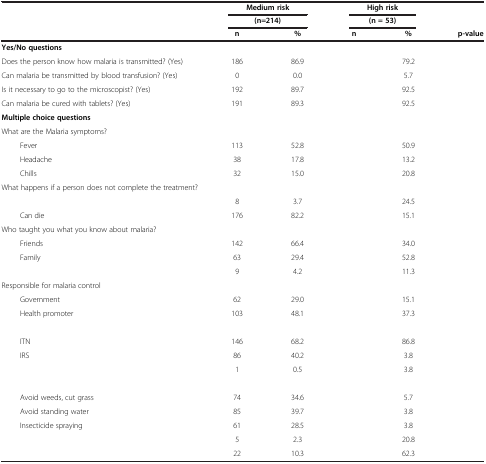
<table><thead><tr><td>[EMPTY_CELL]</td><td colspan="2"><b>Medium risk</b></td><td colspan="2"><b>High risk</b></td><td>[EMPTY_CELL]</td></tr><tr><td>[EMPTY_CELL]</td><td colspan="2"><b>(n=214)</b></td><td colspan="2"><b>(n = 53)</b></td><td>[EMPTY_CELL]</td></tr><tr><td>[EMPTY_CELL]</td><td><b>n</b></td><td><b>%</b></td><td><b>n</b></td><td><b>%</b></td><td><b>p-value</b></td></tr></thead><tbody><tr><td><b>Yes/No questions</b></td><td>[EMPTY_CELL]</td><td>[EMPTY_CELL]</td><td>[EMPTY_CELL]</td><td>[EMPTY_CELL]</td><td>[EMPTY_CELL]</td></tr><tr><td>Does the person know how malaria is transmitted? (Yes)</td><td>186</td><td>86.9</td><td>[EMPTY_CELL]</td><td>79.2</td><td>[EMPTY_CELL]</td></tr><tr><td>Can malaria be transmitted by blood transfusion? (Yes)</td><td>0</td><td>0.0</td><td>[EMPTY_CELL]</td><td>5.7</td><td>[EMPTY_CELL]</td></tr><tr><td>Is it necessary to go to the microscopist? (Yes)</td><td>192</td><td>89.7</td><td>[EMPTY_CELL]</td><td>92.5</td><td>[EMPTY_CELL]</td></tr><tr><td>Can malaria be cured with tablets? (Yes)</td><td>191</td><td>89.3</td><td>[EMPTY_CELL]</td><td>92.5</td><td>[EMPTY_CELL]</td></tr><tr><td><b>Multiple choice questions</b></td><td>[EMPTY_CELL]</td><td>[EMPTY_CELL]</td><td>[EMPTY_CELL]</td><td>[EMPTY_CELL]</td><td>[EMPTY_CELL]</td></tr><tr><td>What are the Malaria symptoms?</td><td>[EMPTY_CELL]</td><td>[EMPTY_CELL]</td><td>[EMPTY_CELL]</td><td>[EMPTY_CELL]</td><td>[EMPTY_CELL]</td></tr><tr><td>Fever</td><td>113</td><td>52.8</td><td>[EMPTY_CELL]</td><td>50.9</td><td>[EMPTY_CELL]</td></tr><tr><td>Headache</td><td>38</td><td>17.8</td><td>[EMPTY_CELL]</td><td>13.2</td><td>[EMPTY_CELL]</td></tr><tr><td>Chills</td><td>32</td><td>15.0</td><td>[EMPTY_CELL]</td><td>20.8</td><td>[EMPTY_CELL]</td></tr><tr><td colspan="6">What happens if a person does not complete the treatment?</td></tr><tr><td>[EMPTY_CELL]</td><td>8</td><td>3.7</td><td>[EMPTY_CELL]</td><td>24.5</td><td>[EMPTY_CELL]</td></tr><tr><td>Can die</td><td>176</td><td>82.2</td><td>[EMPTY_CELL]</td><td>15.1</td><td>[EMPTY_CELL]</td></tr><tr><td>Who taught you what you know about malaria?</td><td>[EMPTY_CELL]</td><td>[EMPTY_CELL]</td><td>[EMPTY_CELL]</td><td>[EMPTY_CELL]</td><td>[EMPTY_CELL]</td></tr><tr><td>Friends</td><td>142</td><td>66.4</td><td>[EMPTY_CELL]</td><td>34.0</td><td>[EMPTY_CELL]</td></tr><tr><td>Family</td><td>63</td><td>29.4</td><td>[EMPTY_CELL]</td><td>52.8</td><td>[EMPTY_CELL]</td></tr><tr><td>[EMPTY_CELL]</td><td>9</td><td>4.2</td><td>[EMPTY_CELL]</td><td>11.3</td><td>[EMPTY_CELL]</td></tr><tr><td>Responsible for malaria control</td><td>[EMPTY_CELL]</td><td>[EMPTY_CELL]</td><td>[EMPTY_CELL]</td><td>[EMPTY_CELL]</td><td>[EMPTY_CELL]</td></tr><tr><td>Government</td><td>62</td><td>29.0</td><td>[EMPTY_CELL]</td><td>15.1</td><td>[EMPTY_CELL]</td></tr><tr><td>Health promoter</td><td>103</td><td>48.1</td><td>[EMPTY_CELL]</td><td>37.3</td><td>[EMPTY_CELL]</td></tr><tr><td>[EMPTY_CELL]</td><td>[EMPTY_CELL]</td><td>[EMPTY_CELL]</td><td>[EMPTY_CELL]</td><td>[EMPTY_CELL]</td><td>[EMPTY_CELL]</td></tr><tr><td>ITN</td><td>146</td><td>68.2</td><td>[EMPTY_CELL]</td><td>86.8</td><td>[EMPTY_CELL]</td></tr><tr><td>IRS</td><td>86</td><td>40.2</td><td>[EMPTY_CELL]</td><td>3.8</td><td>[EMPTY_CELL]</td></tr><tr><td>[EMPTY_CELL]</td><td>1</td><td>0.5</td><td>[EMPTY_CELL]</td><td>3.8</td><td>[EMPTY_CELL]</td></tr><tr><td>[EMPTY_CELL]</td><td>[EMPTY_CELL]</td><td>[EMPTY_CELL]</td><td>[EMPTY_CELL]</td><td>[EMPTY_CELL]</td><td>[EMPTY_CELL]</td></tr><tr><td>Avoid weeds, cut grass</td><td>74</td><td>34.6</td><td>[EMPTY_CELL]</td><td>5.7</td><td>[EMPTY_CELL]</td></tr><tr><td>Avoid standing water</td><td>85</td><td>39.7</td><td>[EMPTY_CELL]</td><td>3.8</td><td>[EMPTY_CELL]</td></tr><tr><td>Insecticide spraying</td><td>61</td><td>28.5</td><td>[EMPTY_CELL]</td><td>3.8</td><td>[EMPTY_CELL]</td></tr><tr><td>[EMPTY_CELL]</td><td>5</td><td>2.3</td><td>[EMPTY_CELL]</td><td>20.8</td><td>[EMPTY_CELL]</td></tr><tr><td>[EMPTY_CELL]</td><td>22</td><td>10.3</td><td>[EMPTY_CELL]</td><td>62.3</td><td>[EMPTY_CELL]</td></tr></tbody></table>